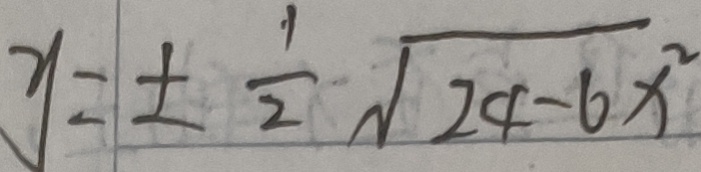
y = \pm \frac { 1 } { 2 } \sqrt { 2 4 - 6 x ^ { 2 } }